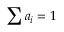
\sum a _ { i } = 1